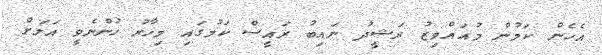
އެހެން ކަމުން މުއައްވިޒު ރަޝީދު ނައިބު ރައީސް ކަމުގައި މިހާރު ހުންނެވީ އަލަށް